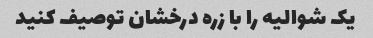
یک شوالیه را با زره درخشان توصیف کنید